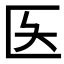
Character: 𫧌